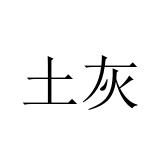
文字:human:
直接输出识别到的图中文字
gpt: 土灰